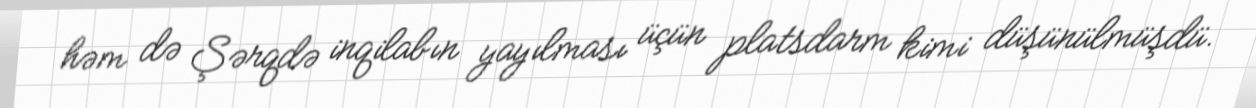
həm də Şərqdə inqilabın yayılması üçün platsdarm kimi düşünülmüşdü.